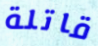
قاتلة